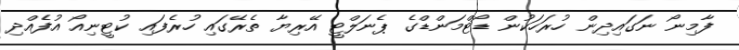
ފާމިނޯ ނަގައިދިން ހުރަހަކުން ޑޯޓްމަންޑްގެ ޕެނަލްޓީ އޭރިޔާ ތެރޭގައި ހުރެފައި ކުޓީނިއޯ އުފެއްދި